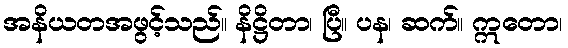
အနိယတအဖွင့်သည်။ နိဋ္ဌိတာ၊ ပြီ။ ပန၊ ဆက်။ ဣတော၊